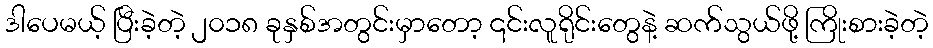
ဒါပေမယ့် ပြီးခဲ့တဲ့ ၂၀၁၈ ခုနှစ်အတွင်းမှာတော့ ၎င်းလူရိုင်းတွေနဲ့ ဆက်သွယ်ဖို့ ကြိုးစားခဲ့တဲ့